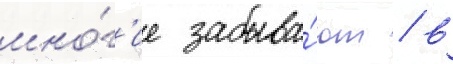
мно́г'ие забыва́ют / в